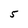
Character: 5